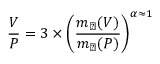
\frac { V } { P } = 3 \times \left( \frac { m _ { \perp } ( V ) } { m _ { \perp } ( P ) } \right) ^ { \alpha \approx 1 }